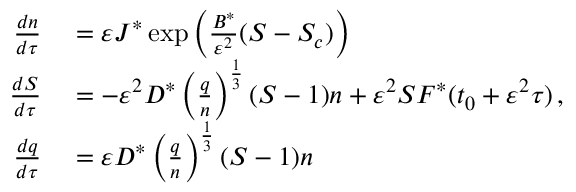
\begin{array} { r l } { { \frac { d n } { d \tau } } } & { { } = { \varepsilon } J ^ { * } \exp \left( \frac { B ^ { * } } { { \varepsilon } ^ { 2 } } ( S - S _ { c } ) \right) } \\ { { \frac { d S } { d \tau } } } & { { } = \leavevmode { - { \varepsilon } ^ { 2 } D ^ { * } \left( \frac { q } { n } \right) ^ { \frac { 1 } { 3 } } ( S - 1 ) n + { \varepsilon } ^ { 2 } S F ^ { * } ( t _ { 0 } + { \varepsilon } ^ { 2 } \tau ) \, , } } \\ { { \frac { d q } { d \tau } } } & { { } = { \varepsilon } D ^ { * } \left( \frac { q } { n } \right) ^ { \frac { 1 } { 3 } } ( S - 1 ) n } \end{array}